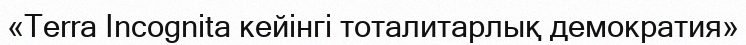
«Terra Incognita кейінгі тоталитарлық демократия»